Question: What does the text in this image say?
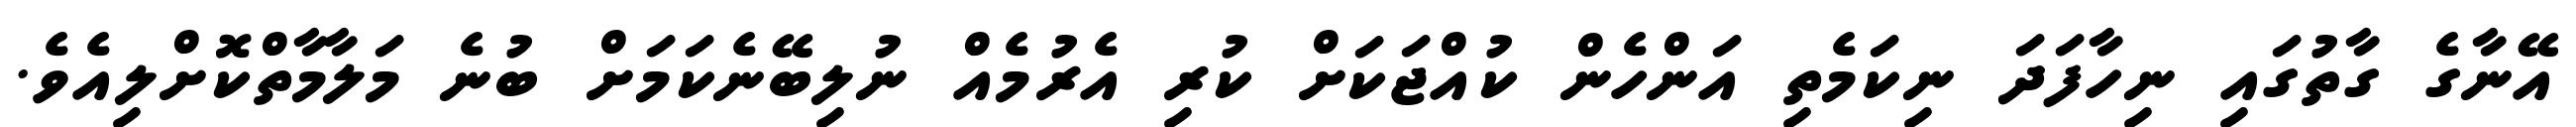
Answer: އޭނާގެ ގާތުގައި ނިހާފަދަ ނިކަމެތި އަންހެން ކުއްޖަކަށް ކުރި އެރުމެއް ނުލިބޭނެކަމަށް ބުނެ މަލާމާތްކޮށްލިއެވެ.